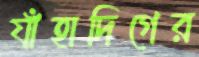
যাঁহাদিগের